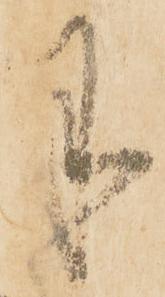
月